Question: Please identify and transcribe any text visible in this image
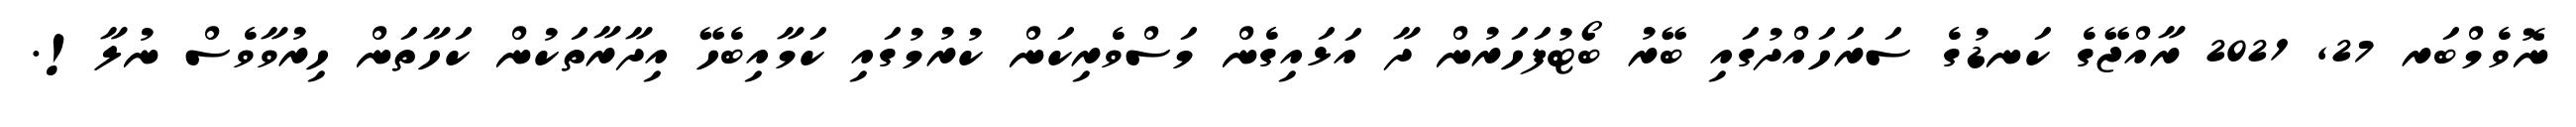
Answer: ނޮވެމްބަރ 27, 2021 ރާއްޖޭގެ ކަނޑުގެ ސަރަހައްދުގައި ބޭރު ބޯޓުފަހަރުން ދާ އަޅައިގެން މަސްވެރިކަން ކުރުމުގައި ކަމާއިބެހޭ އިދާރާތަކުން ކަހާތަން ހިރުވާވެސް ނުލާ!.